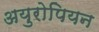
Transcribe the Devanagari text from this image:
अयुरोपियन